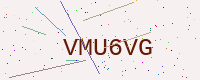
Text: VMU6VG